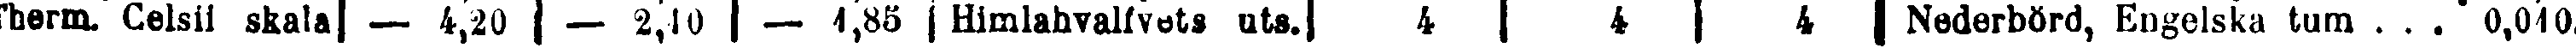
'herm. Celsii skala| — 4,20 | — 2,10 | — 1,85 | Himlahvalfvets uts.| 4 | 4 | 4 Nederbörd, Engelska tum ... 0,010.